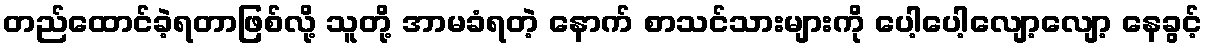
တည်ထောင်ခဲ့ရတာဖြစ်လို့ သူတို့ အာမခံရတဲ့ နောက် စာသင်သားများကို ပေါ့ပေါ့လျော့လျော့ နေခွင့်